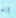
انه